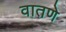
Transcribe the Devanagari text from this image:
वातणे